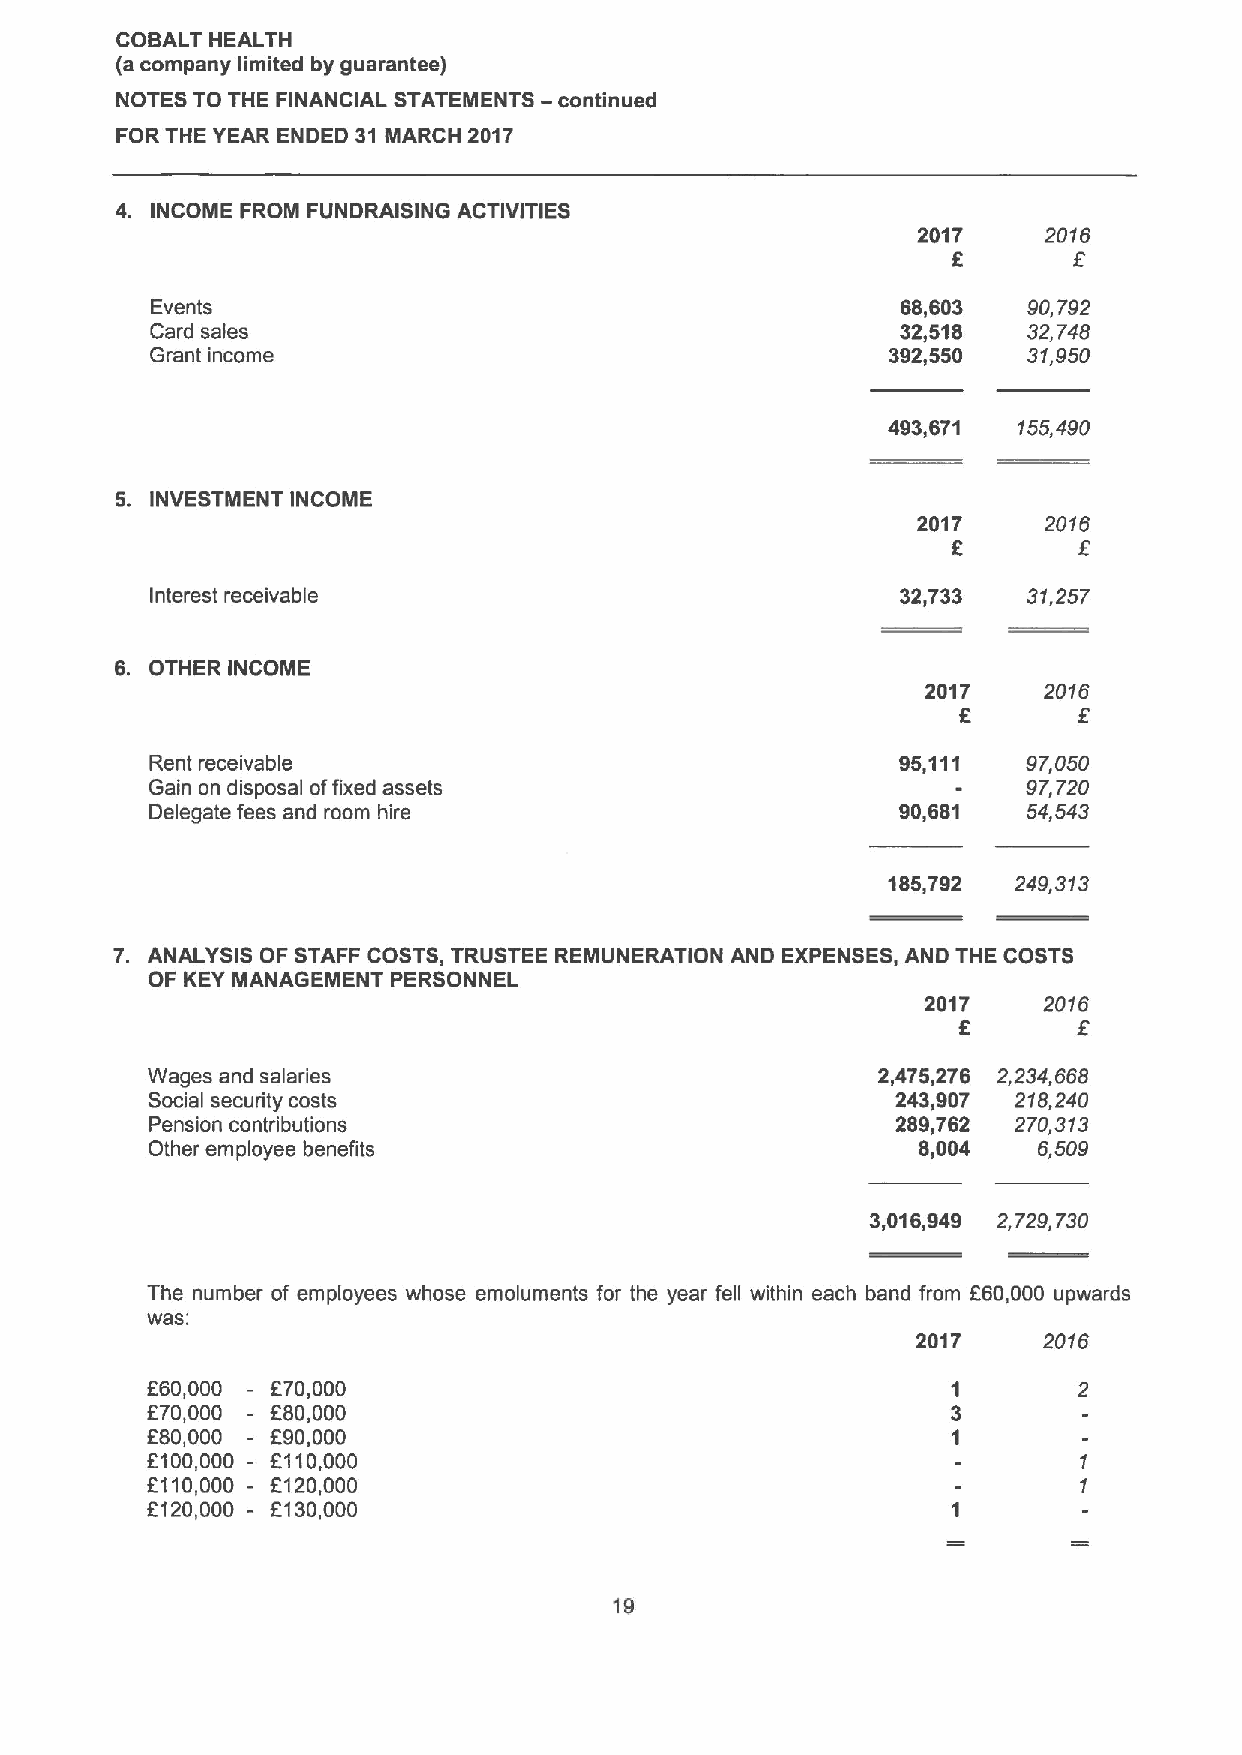
COBALT HEALTH
 (a company limited by guarantee)
 NOTES TO THE FINANCIAL STATEMENTS —continued
 FOR THE YEAR ENDED 31 MARCH 2017
 4. INCOME FROM FUNDRAISING ACTIVITIES
 2017    2016
 6       6
 Events                                            68,603  90,792
 Card sales                                        32,618  32,748
 Grant income                                     392,550  31,950
 493,671 155,490
 5. INVESTMENT INCOME
 2017    2016
 6
 Interest receivable                               32,733  31,257
 6. OTHER INCOME
 2017    2016
 f
 6
 Rent receivable                                   96,111  97,050
 Gain on disposal offixed assets                           97,720
 Delegate fees and room hire                       90,681  54,543
 186,792 249,313
 7. ANALYSIS OF STAFF COSTS, TRUSTEE REMUNERATION AND EXPENSES, AND THE COSTS
 OF KEYMANAGEMENT PERSONNEL
 2017    2016
 6       6
 Wages and salaries                              2,476,276 2,234,668
 Social security costs                            243,907 218,240
 Pension contributions                            289,762 270,313
 Other employee benefits                            8,004   6,509
 3,016,949 2,729,730
 The number of employees whose emoluments for the year fell within each band from F60,000 upwards
 was:
 2017    2016
 660,000 - F70,000
 670,000 - F80,000
 F80,000 - 690,000
 6100,000 - 6110,000
 f110,000 - E120,000
 F120,000 - 6130,000
 19